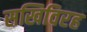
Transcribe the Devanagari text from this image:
सखिविरह